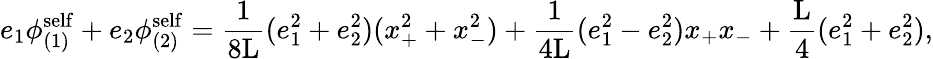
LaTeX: e_{1}{\phi}_{(1)}^{\mathrm{self}}+e_{2}{\phi}_{(2)}^{\mathrm{self}}=\frac{1}{8\mathrm{L}}(e_{1}^{2}+e_{2}^{2})(x_{+}^{2}+x_{-}^{2})+\frac{1}{4\mathrm{L}}(e_{1}^{2}-e_{2}^{2})x_{+}x_{-}+\frac{\mathrm{L}}{4}(e_{1}^{2}+e_{2}^{2}),